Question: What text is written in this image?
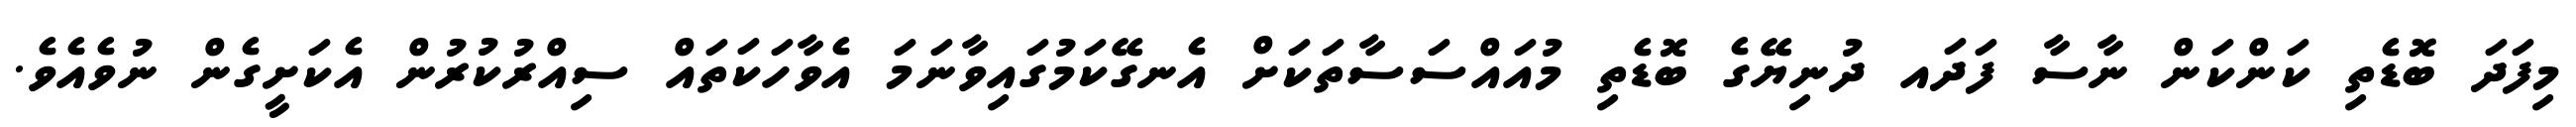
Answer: މިފަދަ ބޮޑެތި ކަންކަން ނާސާ ފަދައ ދުނިޔޭގެ ބޮޑެތި މުއައްސަސާތަކަށް އެނގޭކަމުގައިވާނަމަ އެވާހަކަތައް ސިއްރުކުރުން އެކަށީގެން ނުވެއެވެ.